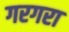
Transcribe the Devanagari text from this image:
गरगरा